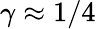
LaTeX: \gamma\approx 1/4